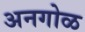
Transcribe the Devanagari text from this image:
अनगोळ